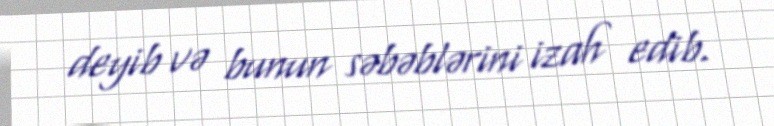
deyib və bunun səbəblərini izah edib.